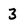
Character: 3